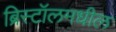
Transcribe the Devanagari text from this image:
ब्रिस्टॉलमधील